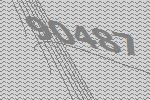
90487